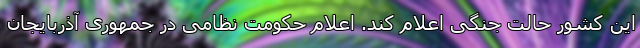
این کشور حالت جنگی اعلام کند. اعلام حکومت نظامی در جمهوری آذربایجان